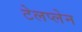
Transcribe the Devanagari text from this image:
टेलप्लेन